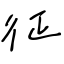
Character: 征